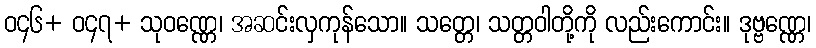
ဝ၄၆+ ဝ၄၇+ သုဝဏ္ဏေ၊ အဆင်းလှကုန်သော။ သတ္တေ၊ သတ္တဝါတို့ကို လည်းကောင်း။ ဒုဗ္ဗဏ္ဏေ၊